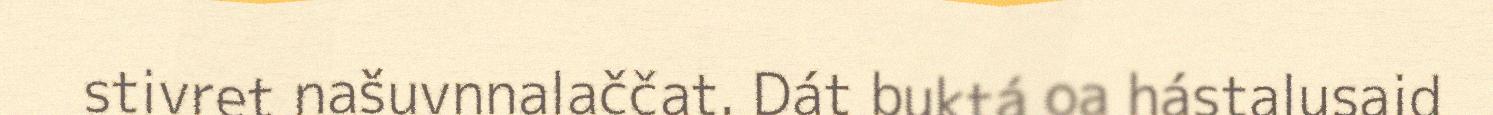
stivret našuvnnalaččat. Dát buktá oa hástalusaid